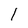
Character: l